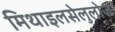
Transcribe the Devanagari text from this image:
मिथाइलसेलुलोज